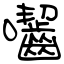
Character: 囓